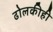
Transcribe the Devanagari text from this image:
ढोलकीही